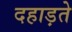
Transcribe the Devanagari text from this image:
दहाड़ते